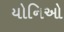
યોનિઓ